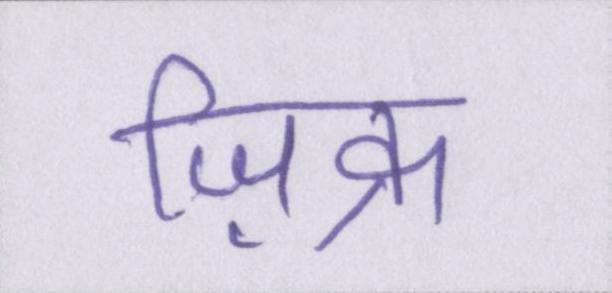
ज़िक्र